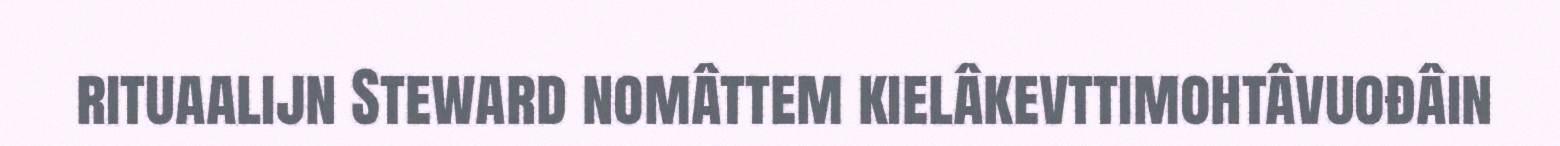
rituaalijn Steward nomâttem kielâkevttimohtâvuođâin